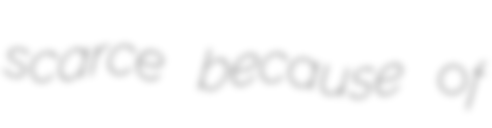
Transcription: scarce because of